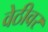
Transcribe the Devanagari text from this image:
वेठीवर